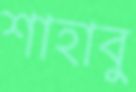
শাহাবু